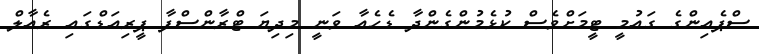
ސްޕެއިންގެ ގައުމީ ޓީމަށްވެސް ކުޅެމުންގެންދާ ޑެހެއާ ވަނީ މިދިޔަ ޓްރާންސްފާ ޕީރިއަޑްގައި ރެއާލް